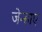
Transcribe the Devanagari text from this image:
जेन्हाए